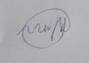
Signature authenticity: forged